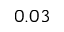
0 . 0 3